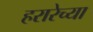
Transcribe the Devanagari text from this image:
हरारेच्या